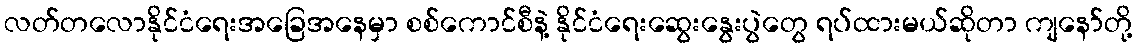
လတ်တလောနိုင်ငံရေးအခြေအနေမှာ စစ်ကောင်စီနဲ့ နိုင်ငံရေးဆွေးနွေးပွဲတွေ ရပ်ထားမယ်ဆိုတာ ကျနော်တို့